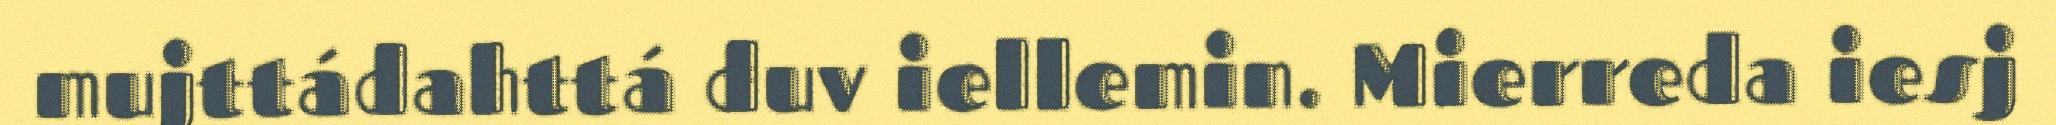
mujttádahttá duv iellemin. Mierreda iesj